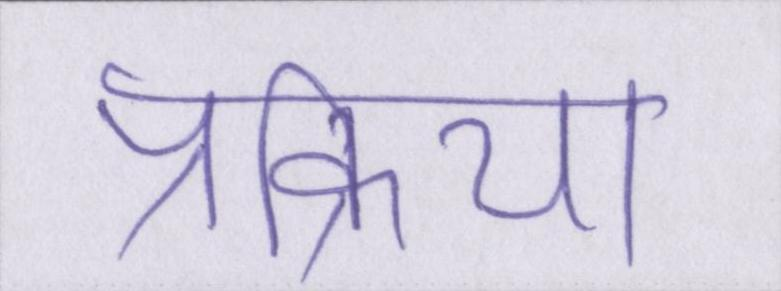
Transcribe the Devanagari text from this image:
प्रक्रिया